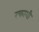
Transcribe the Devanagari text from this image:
रक्ताशी